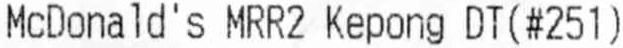
MCDONALD'S MRR2 KEPONG DT(#251)